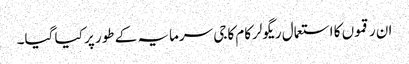
ان رقموں کا استعمال ریگولرکام کاجی سرمایہ کے طور پر کیا گیا۔